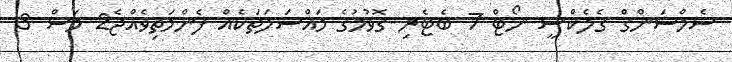
ސެމްސަންގް ގެލެކްސީ ނޯޓް 7 ބެޓެރި ގޮވުމުގެ މައްސަލަތަކެއް ފެންމަތިވެއްޖެ2 މަސް 3